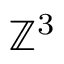
\mathbb { Z } ^ { 3 }